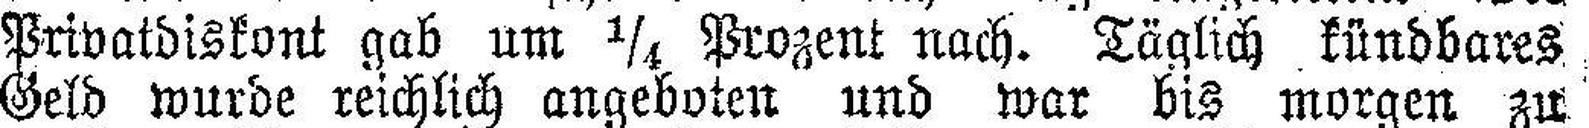
Privatdiskont gab um ¼ Prozent nach. Täglich , kündbares